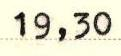
19,30